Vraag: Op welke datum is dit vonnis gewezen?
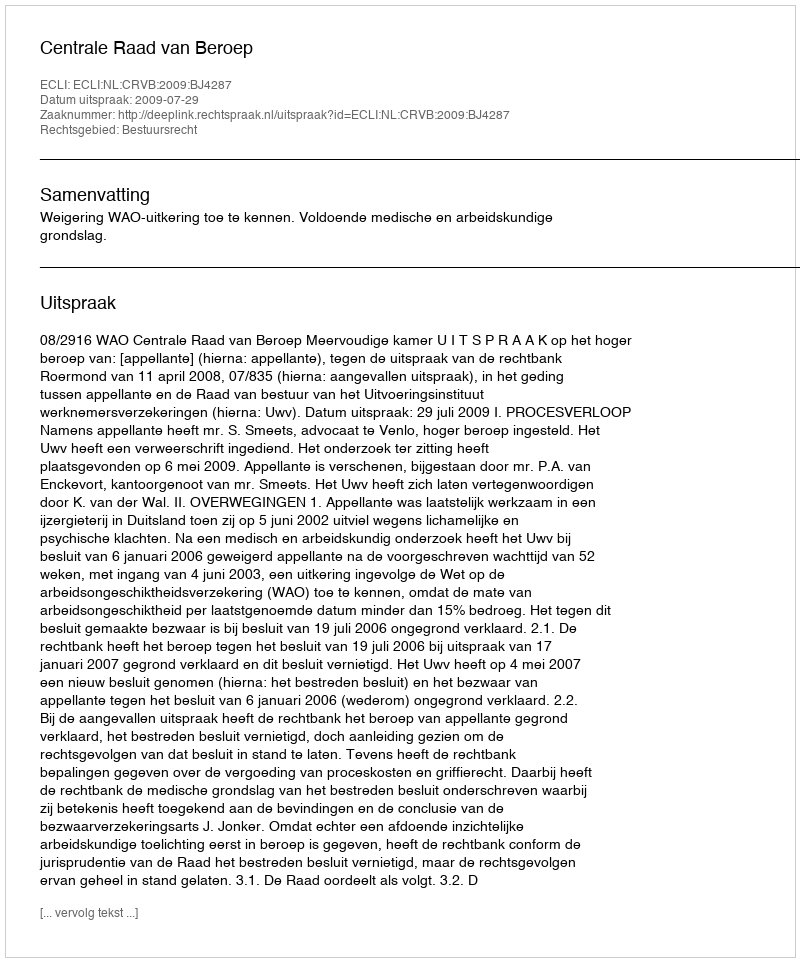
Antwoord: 2009-07-29